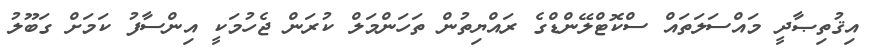
އިޤުތިޞާދީ މައްސަލަތައް ސްކޮޓްލޭންޑްގެ ރައްޔިތުން ތަހަންމަލް ކުރަން ޖެހުމަކީ އިންސާފު ކަމަށް ގަބޫލު